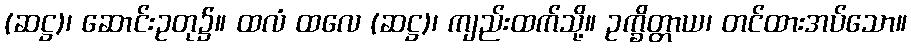
(ဆဋ္ဌ)၊ ဆောင်းဥတု၌။ ထလံ ထလေ (ဆဋ္ဌ)၊ ကျည်းထက်သို့။ ဥက္ခိတ္တာယ၊ တင်ထားအပ်သော။